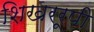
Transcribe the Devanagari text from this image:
शिखररूपी